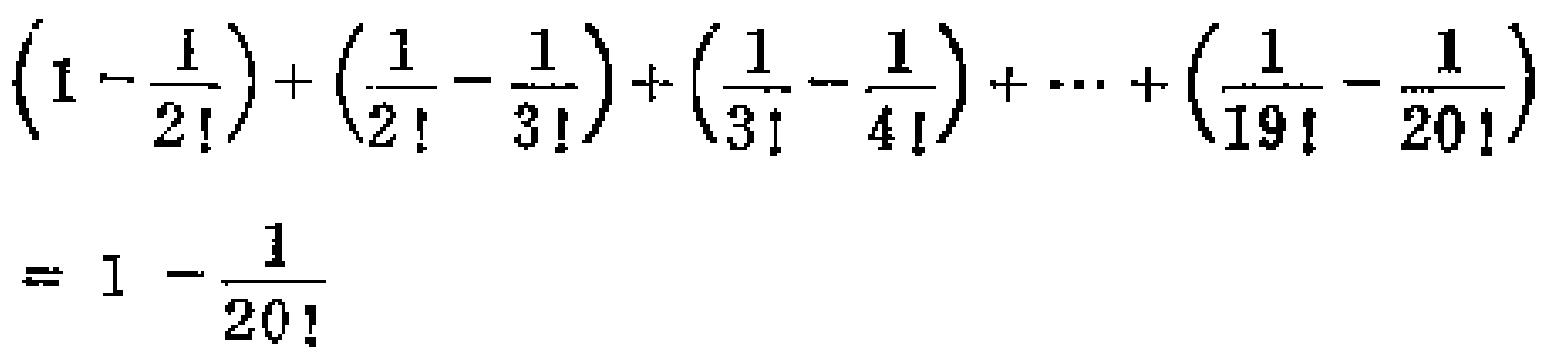
\[\left(1 - \frac{1}{2!}\right) + \left(\frac{1}{2!} - \frac{1}{3!}\right) + \left(\frac{1}{3!} - \frac{1}{4!}\right) + \cdots + \left(\frac{1}{19!} - \frac{1}{20!}\right)= 1 - \frac{1}{20!}\]